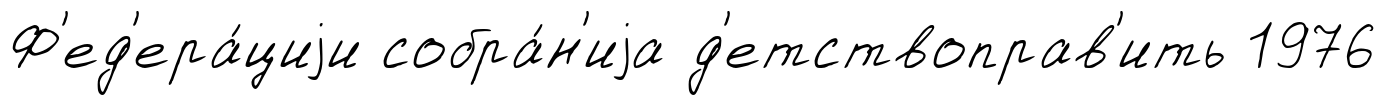
Ф'ед'ера́циjи собра́н'иjа д'етствоправ'ить 1976